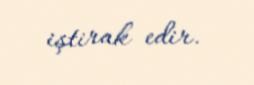
iştirak edir.